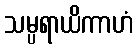
သမ္ပရာယိကာဟံ